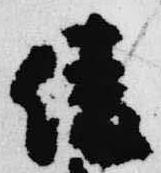
綾